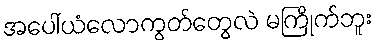
အပေါ်ယံလောကွတ်တွေလဲ မကြိုက်ဘူး